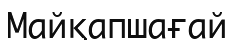
Майқапшағай